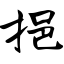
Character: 挹